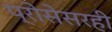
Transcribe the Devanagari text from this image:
प्रोसेसरही